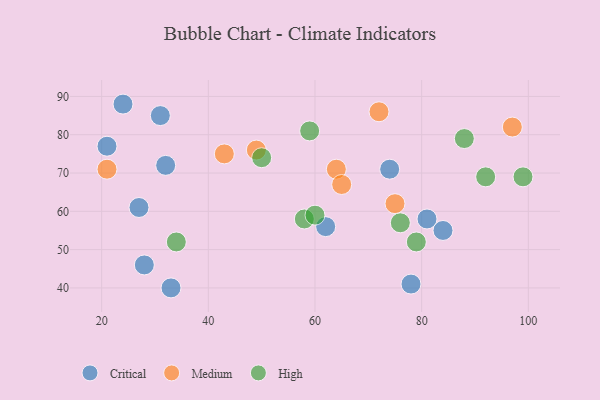
{"axis": {"x": "GDP", "y": "Life Expectancy"}, "legend": ["Critical", "High", "Medium"], "data": [{"x": "24", "y": 88, "type": "Critical"}, {"x": "27", "y": 61, "type": "Critical"}, {"x": "78", "y": 41, "type": "Critical"}, {"x": "62", "y": 56, "type": "Critical"}, {"x": "33", "y": 40, "type": "Critical"}, {"x": "84", "y": 55, "type": "Critical"}, {"x": "32", "y": 72, "type": "Critical"}, {"x": "21", "y": 77, "type": "Critical"}, {"x": "74", "y": 71, "type": "Critical"}, {"x": "81", "y": 58, "type": "Critical"}, {"x": "31", "y": 85, "type": "Critical"}, {"x": "28", "y": 46, "type": "Critical"}, {"x": "49", "y": 76, "type": "Medium"}, {"x": "64", "y": 71, "type": "Medium"}, {"x": "65", "y": 67, "type": "Medium"}, {"x": "43", "y": 75, "type": "Medium"}, {"x": "21", "y": 71, "type": "Medium"}, {"x": "75", "y": 62, "type": "Medium"}, {"x": "72", "y": 86, "type": "Medium"}, {"x": "97", "y": 82, "type": "Medium"}, {"x": "59", "y": 81, "type": "High"}, {"x": "92", "y": 69, "type": "High"}, {"x": "99", "y": 69, "type": "High"}, {"x": "79", "y": 52, "type": "High"}, {"x": "58", "y": 58, "type": "High"}, {"x": "76", "y": 57, "type": "High"}, {"x": "34", "y": 52, "type": "High"}, {"x": "50", "y": 74, "type": "High"}, {"x": "88", "y": 79, "type": "High"}, {"x": "60", "y": 59, "type": "High"}]}